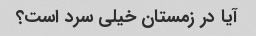
آیا در زمستان خیلی سرد است؟